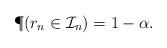
LaTeX: \begin{align*} \P(r_n\in\mathcal{I}_n)=1-\alpha.\end{align*}